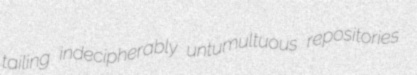
tailing indecipherably untumultuous repositories